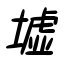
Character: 墟